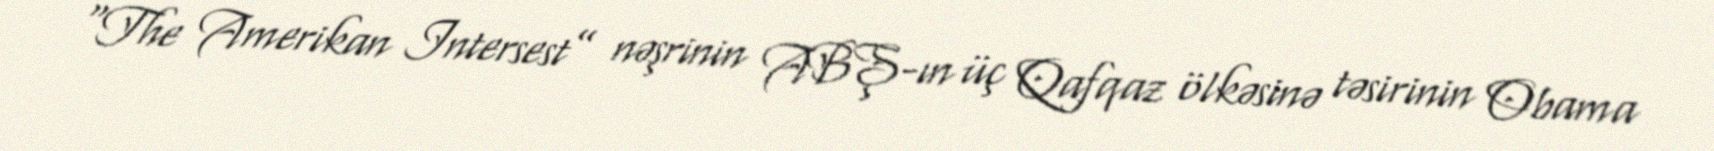
“The Amerikan Intersest” nəşrinin ABŞ-ın üç Qafqaz ölkəsinə təsirinin Obama